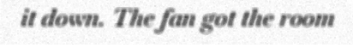
it down. The fan got the room